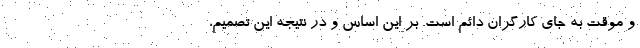
و موقت به جای کارگران دائم است. بر این اساس و در نتیجه این تصمیم،